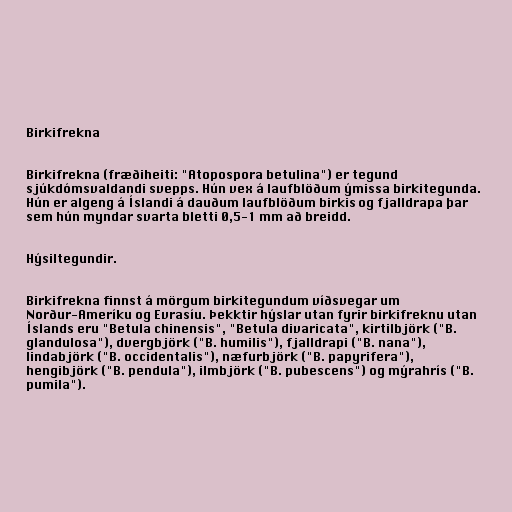
Birkifrekna

Birkifrekna (fræðiheiti: "Atopospora betulina") er tegund
sjúkdómsvaldandi svepps. Hún vex á laufblöðum ýmissa birkitegunda.
Hún er algeng á Íslandi á dauðum laufblöðum birkis og fjalldrapa þar
sem hún myndar svarta bletti 0,5-1 mm að breidd.

Hýsiltegundir.

Birkifrekna finnst á mörgum birkitegundum víðsvegar um
Norður-Ameríku og Evrasíu. Þekktir hýslar utan fyrir birkifreknu utan
Íslands eru "Betula chinensis", "Betula divaricata", kirtilbjörk ("B.
glandulosa"), dvergbjörk ("B. humilis"), fjalldrapi ("B. nana"),
lindabjörk ("B. occidentalis"), næfurbjörk ("B. papyrifera"),
hengibjörk ("B. pendula"), ilmbjörk ("B. pubescens") og mýrahrís ("B.
pumila").